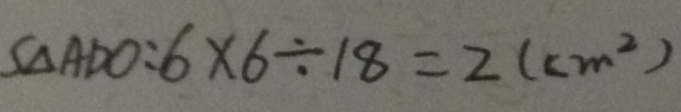
S _ { \Delta } A D O : 6 \times 6 \div 1 8 = 2 ( c m ^ { 2 } )